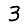
Digit: 3